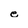
Character: e